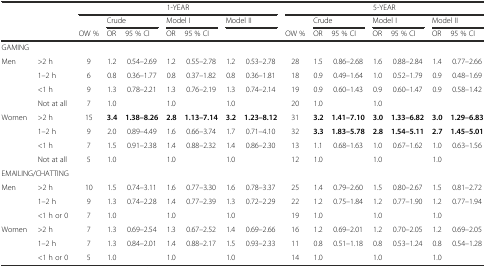
<table><thead><tr><td rowspan="3" colspan="2"></td><td colspan="7"><b>1-YEAR</b></td><td colspan="7"><b>5-YEAR</b></td></tr><tr><td></td><td colspan="2"><b>Crude</b></td><td colspan="2"><b>Model I</b></td><td colspan="2"><b>Model II</b></td><td></td><td colspan="2"><b>Crude</b></td><td colspan="2"><b>Model I</b></td><td colspan="2"><b>Model II</b></td></tr><tr><td><b>OW %</b></td><td><b>OR</b></td><td><b>95 % CI</b></td><td><b>OR</b></td><td><b>95 % CI</b></td><td></td><td></td><td><b>OW %</b></td><td><b>OR</b></td><td><b>95 % CI</b></td><td><b>OR</b></td><td><b>95 % CI</b></td><td><b>OR</b></td><td><b>95 % CI</b></td></tr></thead><tbody><tr><td colspan="2">GAMING</td><td></td><td></td><td></td><td></td><td></td><td></td><td></td><td></td><td></td><td></td><td></td><td></td><td></td><td></td></tr><tr><td>Men</td><td>&gt;2 h</td><td>9</td><td>1.2</td><td>0.54–2.69</td><td>1.2</td><td>0.55–2.78</td><td>1.2</td><td>0.53–2.78</td><td>28</td><td>1.5</td><td>0.86–2.68</td><td>1.6</td><td>0.88–2.84</td><td>1.4</td><td>0.77–2.66</td></tr><tr><td rowspan="3"></td><td>1–2 h</td><td>6</td><td>0.8</td><td>0.36–1.77</td><td>0.8</td><td>0.37–1.82</td><td>0.8</td><td>0.36–1.81</td><td>18</td><td>0.9</td><td>0.49–1.64</td><td>1.0</td><td>0.52–1.79</td><td>0.9</td><td>0.48–1.69</td></tr><tr><td>&lt;1 h</td><td>9</td><td>1.3</td><td>0.78–2.21</td><td>1.3</td><td>0.76–2.19</td><td>1.3</td><td>0.74–2.14</td><td>19</td><td>0.9</td><td>0.60–1.43</td><td>0.9</td><td>0.60–1.47</td><td>0.9</td><td>0.58–1.42</td></tr><tr><td>Not at all</td><td>7</td><td>1.0</td><td></td><td>1.0</td><td></td><td>1.0</td><td></td><td>20</td><td>1.0</td><td></td><td>1.0</td><td></td><td></td><td></td></tr><tr><td>Women</td><td>&gt;2 h</td><td>15</td><td><b>3.4</b></td><td><b>1.38–8.26</b></td><td><b>2.8</b></td><td><b>1.13–7.14</b></td><td><b>3.2</b></td><td><b>1.23–8.12</b></td><td>31</td><td><b>3.2</b></td><td><b>1.41–7.10</b></td><td><b>3.0</b></td><td><b>1.33–6.82</b></td><td><b>3.0</b></td><td><b>1.29–6.83</b></td></tr><tr><td rowspan="3"></td><td>1–2 h</td><td>9</td><td>2.0</td><td>0.89–4.49</td><td>1.6</td><td>0.66–3.74</td><td>1.7</td><td>0.71–4.10</td><td>32</td><td><b>3.3</b></td><td><b>1.83–5.78</b></td><td><b>2.8</b></td><td><b>1.54–5.11</b></td><td><b>2.7</b></td><td><b>1.45–5.01</b></td></tr><tr><td>&lt;1 h</td><td>7</td><td>1.5</td><td>0.91–2.38</td><td>1.4</td><td>0.88–2.32</td><td>1.4</td><td>0.86–2.30</td><td>13</td><td>1.1</td><td>0.68–1.63</td><td>1.0</td><td>0.67–1.62</td><td>1.0</td><td>0.63–1.56</td></tr><tr><td>Not at all</td><td>5</td><td>1.0</td><td></td><td>1.0</td><td></td><td>1.0</td><td></td><td>12</td><td>1.0</td><td></td><td>1.0</td><td></td><td>1.0</td><td></td></tr><tr><td colspan="2">EMAILING/CHATTING</td><td></td><td></td><td></td><td></td><td></td><td></td><td></td><td></td><td></td><td></td><td></td><td></td><td></td><td></td></tr><tr><td>Men</td><td>&gt;2 h</td><td>10</td><td>1.5</td><td>0.74–3.11</td><td>1.6</td><td>0.77–3.30</td><td>1.6</td><td>0.78–3.37</td><td>25</td><td>1.4</td><td>0.79–2.60</td><td>1.5</td><td>0.80–2.67</td><td>1.5</td><td>0.81–2.72</td></tr><tr><td rowspan="2"></td><td>1–2 h</td><td>9</td><td>1.3</td><td>0.74–2.28</td><td>1.4</td><td>0.77–2.39</td><td>1.3</td><td>0.72–2.29</td><td>22</td><td>1.2</td><td>0.75–1.84</td><td>1.2</td><td>0.77–1.90</td><td>1.2</td><td>0.77–1.94</td></tr><tr><td>&lt;1 h or 0</td><td>7</td><td>1.0</td><td></td><td>1.0</td><td></td><td>1.0</td><td></td><td>19</td><td>1.0</td><td></td><td>1.0</td><td></td><td>1.0</td><td></td></tr><tr><td>Women</td><td>&gt;2 h</td><td>7</td><td>1.3</td><td>0.69–2.54</td><td>1.3</td><td>0.67–2.52</td><td>1.4</td><td>0.69–2.66</td><td>16</td><td>1.2</td><td>0.69–2.01</td><td>1.2</td><td>0.70–2.05</td><td>1.2</td><td>0.69–2.05</td></tr><tr><td rowspan="2"></td><td>1–2 h</td><td>7</td><td>1.3</td><td>0.84–2.01</td><td>1.4</td><td>0.88–2.17</td><td>1.5</td><td>0.93–2.33</td><td>11</td><td>0.8</td><td>0.51–1.18</td><td>0.8</td><td>0.53–1.24</td><td>0.8</td><td>0.54–1.28</td></tr><tr><td>&lt;1 h or 0</td><td>5</td><td>1.0</td><td></td><td>1.0</td><td></td><td>1.0</td><td></td><td>14</td><td>1.0</td><td></td><td>1.0</td><td></td><td>1.0</td><td></td></tr></tbody></table>